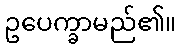
ဥပေက္ခာမည်၏။